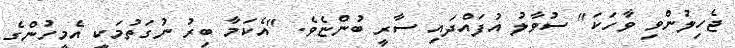
ޖެހިލުންވި ވާހަކަ" ސުވާލު އުފައްދައި ސާރީ ބުންޏެވެ. "އެކަމާ ބިރު ނުގަތުމަކީ އެމީހުންގެ